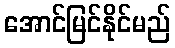
အောင်မြင်နိုင်မည်